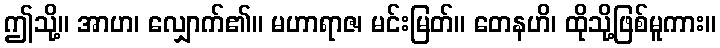
ဤသို့။ အာဟ၊ လျှောက်၏။ မဟာရာဇ၊ မင်းမြတ်။ တေနဟိ၊ ထိုသို့ဖြစ်မူကား။